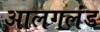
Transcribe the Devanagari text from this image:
आलगलंड